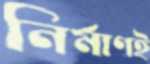
নির্মাণই